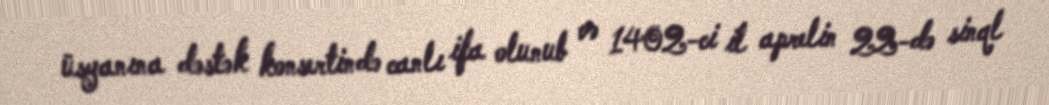
üsyanına dəstək konsertində canlı ifa olunub və 1402-ci il aprelin 22-də sinql